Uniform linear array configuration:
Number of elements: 48
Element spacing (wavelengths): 0.75
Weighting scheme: binomial
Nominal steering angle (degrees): -45
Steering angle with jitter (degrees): -44.259
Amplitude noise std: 0.05
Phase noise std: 0.05

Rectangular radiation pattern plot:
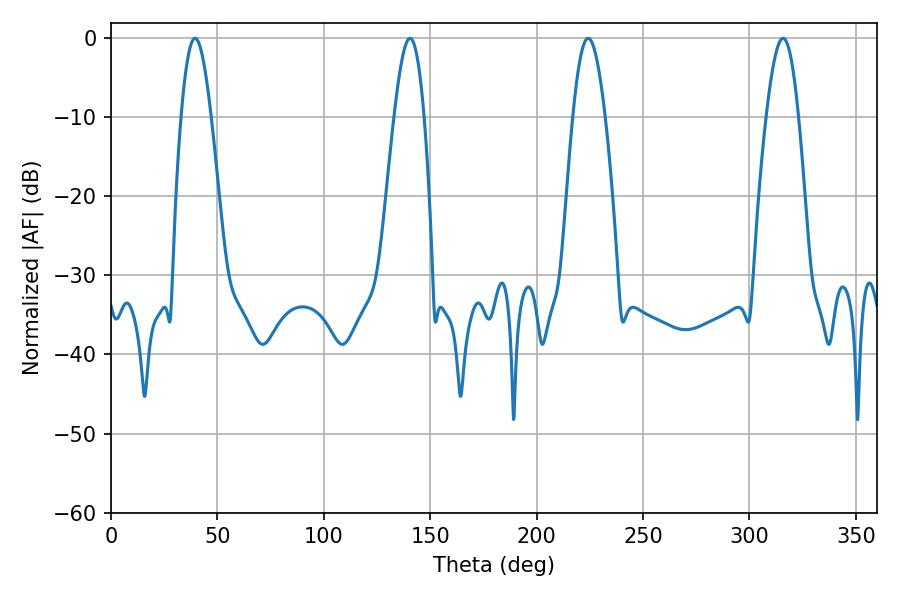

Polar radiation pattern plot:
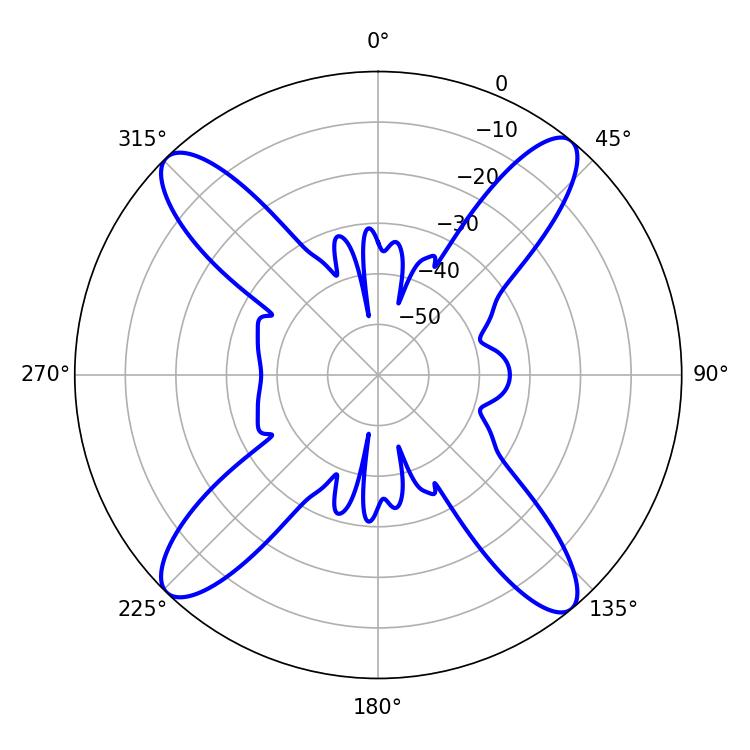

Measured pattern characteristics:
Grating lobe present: TRUE
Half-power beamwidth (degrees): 8.1
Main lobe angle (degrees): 224.28